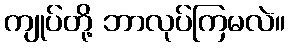
ကျုပ်တို့ ဘာလုပ်ကြမလဲ။